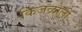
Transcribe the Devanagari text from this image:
किंजळोली